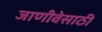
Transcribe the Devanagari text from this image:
जाणीवेसाठी